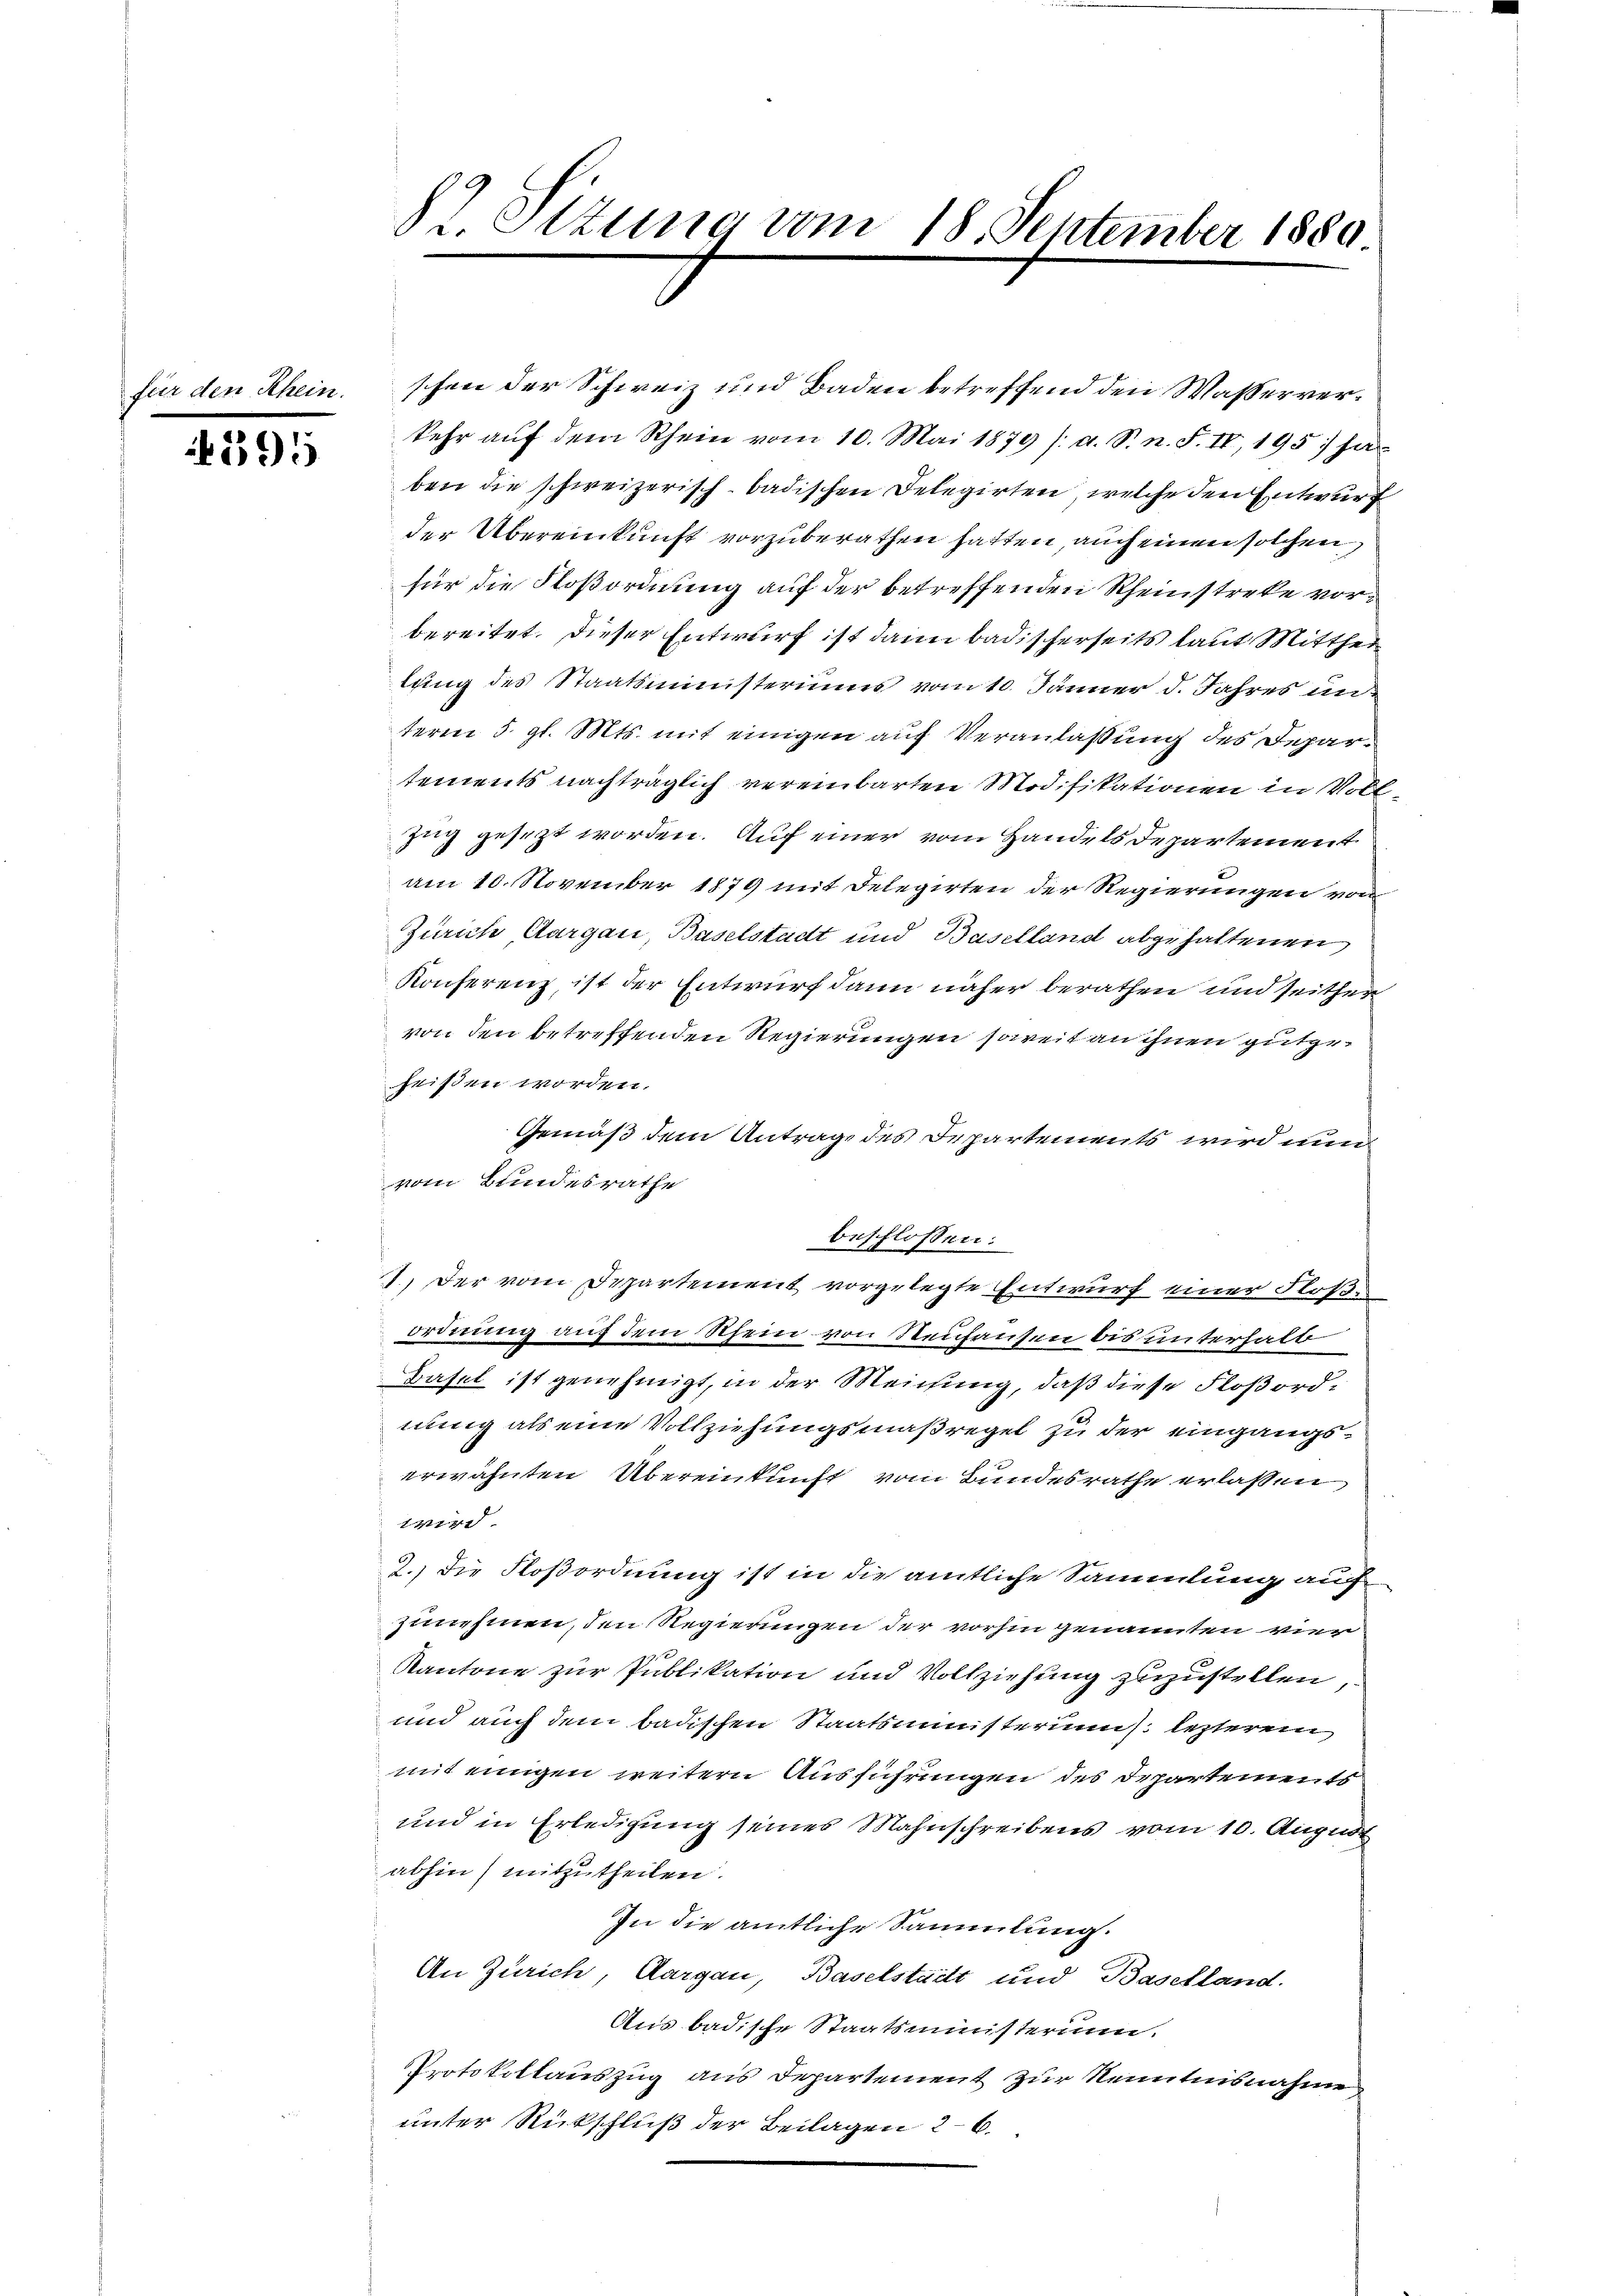
1395

St. Ottung vom 18. September 1889

schen der Schweiz und Baden betreffend den Wasserverkehr auf dem Rhein vom 10. Mai 1879 /: d. S. n. F. IV, 195) ha
ben die schweizerisch-badischen Delegirten, welche den Entwurf
der Übereinkunft vorzuberathen hatten, auch einen solchen
für die Floßordnung auf der betreffenden Rheinstreke vorbereitet. Dieser Entwurf ist dann badischerseits laut Mittheilung des Staatsministeriums vom 10. Jänner d. Jahres unterm 5. gl. Mts. mit einigen auf Veranlaßung des Departements nachträglich vereinbarten Modifikationen in Voll¬
Zug gesezt worden. Auf einer vom Handels Departement
am 10. November 1879 mit Delegirten der Regierungen von
Zürich Aargau, Baselstadt und Baselland abgehaltenen
Konferenz, ist der Entwurf dann näher berathen und seithen
von den betreffenden Regierungen soweit an ihnen gutgeheißen worden.
Gemäß dem Antrage des Departements wird nun
vom Bundesrathe
beschlossen:
1.) Der vom Departement vorgelegte Entwurf einer Floßordnung auf dem Rhein von Neuhausen bis unterhalb
Basel ist genehmigt, in der Meichung, daß diese Floßordnung als eine Vollziehungsmaßregel zu der eingangserwähnten Übereinkunft vom Bundesrathe erlassen
1r
2.) Die Floßordnung ist in die amtliche Sammlung auch
zunehmen, den Regierungen der vorhin genannten vier
Kantone zur Publikation und Vollziehung zuzustellen,
und auch dem badischen Staatsministerius lezterem
mit einigen weitern Ausführungen des Departements
und in Erledigung seines Mahnschreibens vom 10. August
abhin) mitzutheilen.
In die amtliche Sammlung.
An Zürich, Aargau, Baselstadt und Baselland.
Aus badische Staatsministerium.
Protokollauszug aus Departement zur Kenntnisnahme
unter Rückschluß der Beilagen 26.